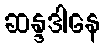
ဆန္ဒဒါနေ